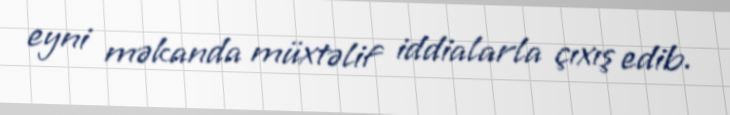
eyni məkanda müxtəlif iddialarla çıxış edib.